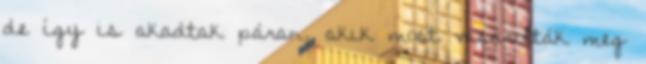
de így is akadtak páran, akik most vásárolták meg